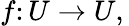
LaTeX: f\colon U\to U,\,